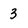
Character: 3